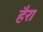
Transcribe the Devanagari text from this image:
हैरा